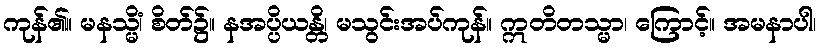
ကုန်၏။ မနသ္မိံ၊ စိတ်၌။ နအပ္ပိယန္တိ၊ မသွင်းအပ်ကုန်။ ဣတိတသ္မာ၊ ကြောင့်။ အမနာပါ၊